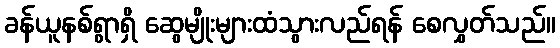
ခန်ယူနစ်ရွာရှိ ဆွေမျိုးများထံသွားလည်ရန် စေလွှတ်သည်။